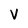
Character: V